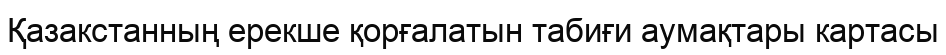
Қазакстанның ерекше қорғалатын табиғи аумақтары картасы